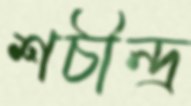
শচীন্দ্র